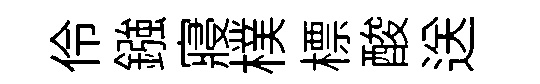
伶鏹寢樸標酸送